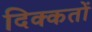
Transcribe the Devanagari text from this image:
दिक्‍कतों